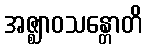
အဇ္ဈာဝသန္တောတိ